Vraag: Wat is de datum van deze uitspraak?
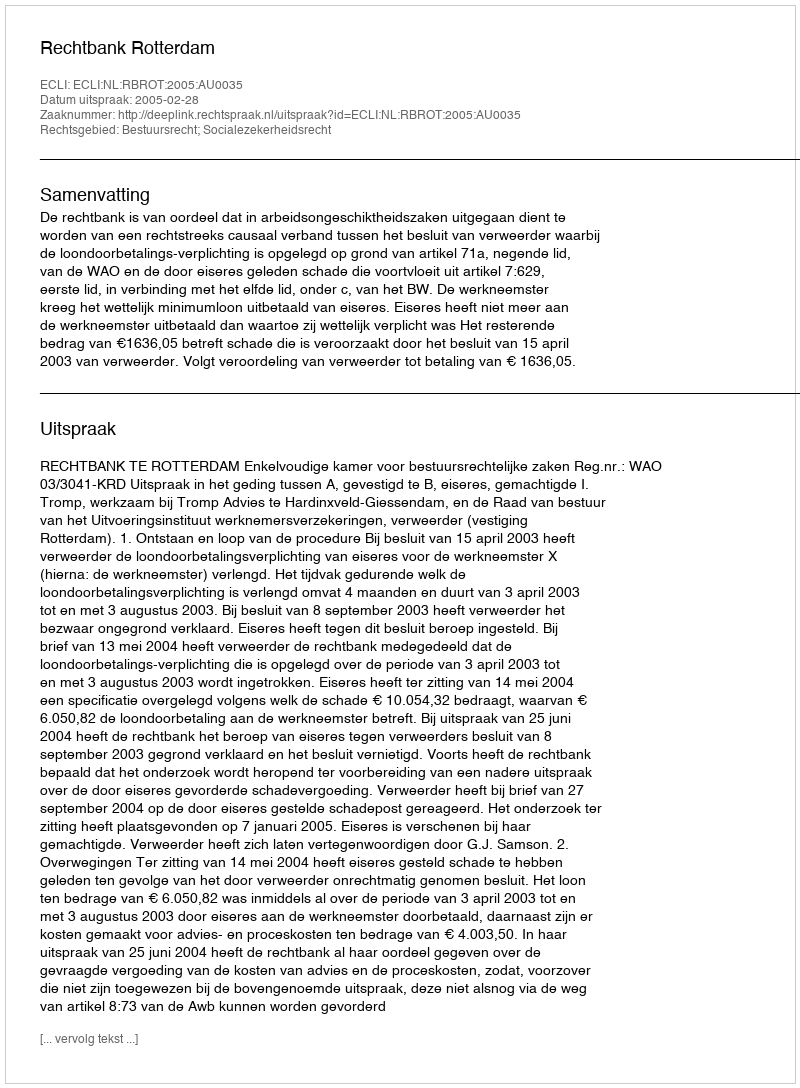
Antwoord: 2005-02-28